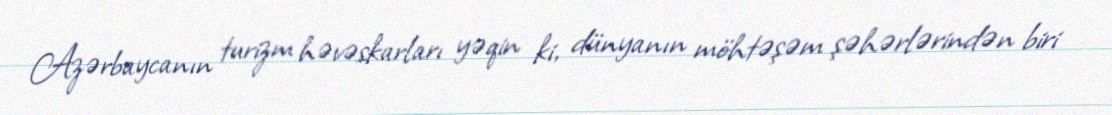
Azərbaycanın turizm həvəskarları yəqin ki, dünyanın möhtəşəm şəhərlərindən biri